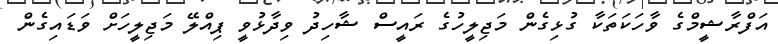
އަފްރާޝީމްގެ ވާހަކަތަކާ ގުޅިގެން މަޖިލީހުގެ ރައީސް ޝާހިދު ވިދާޅުވީ ޕިއްލޭ މަޖިލީހަށް ވަޑައިގެން